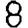
Digit: 8